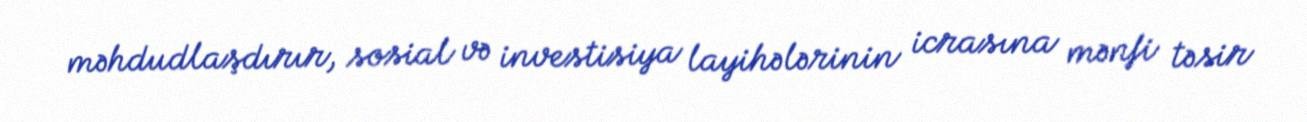
məhdudlaşdırır, sosial və investisiya layihələrinin icrasına mənfi təsir